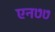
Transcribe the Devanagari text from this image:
एन७७